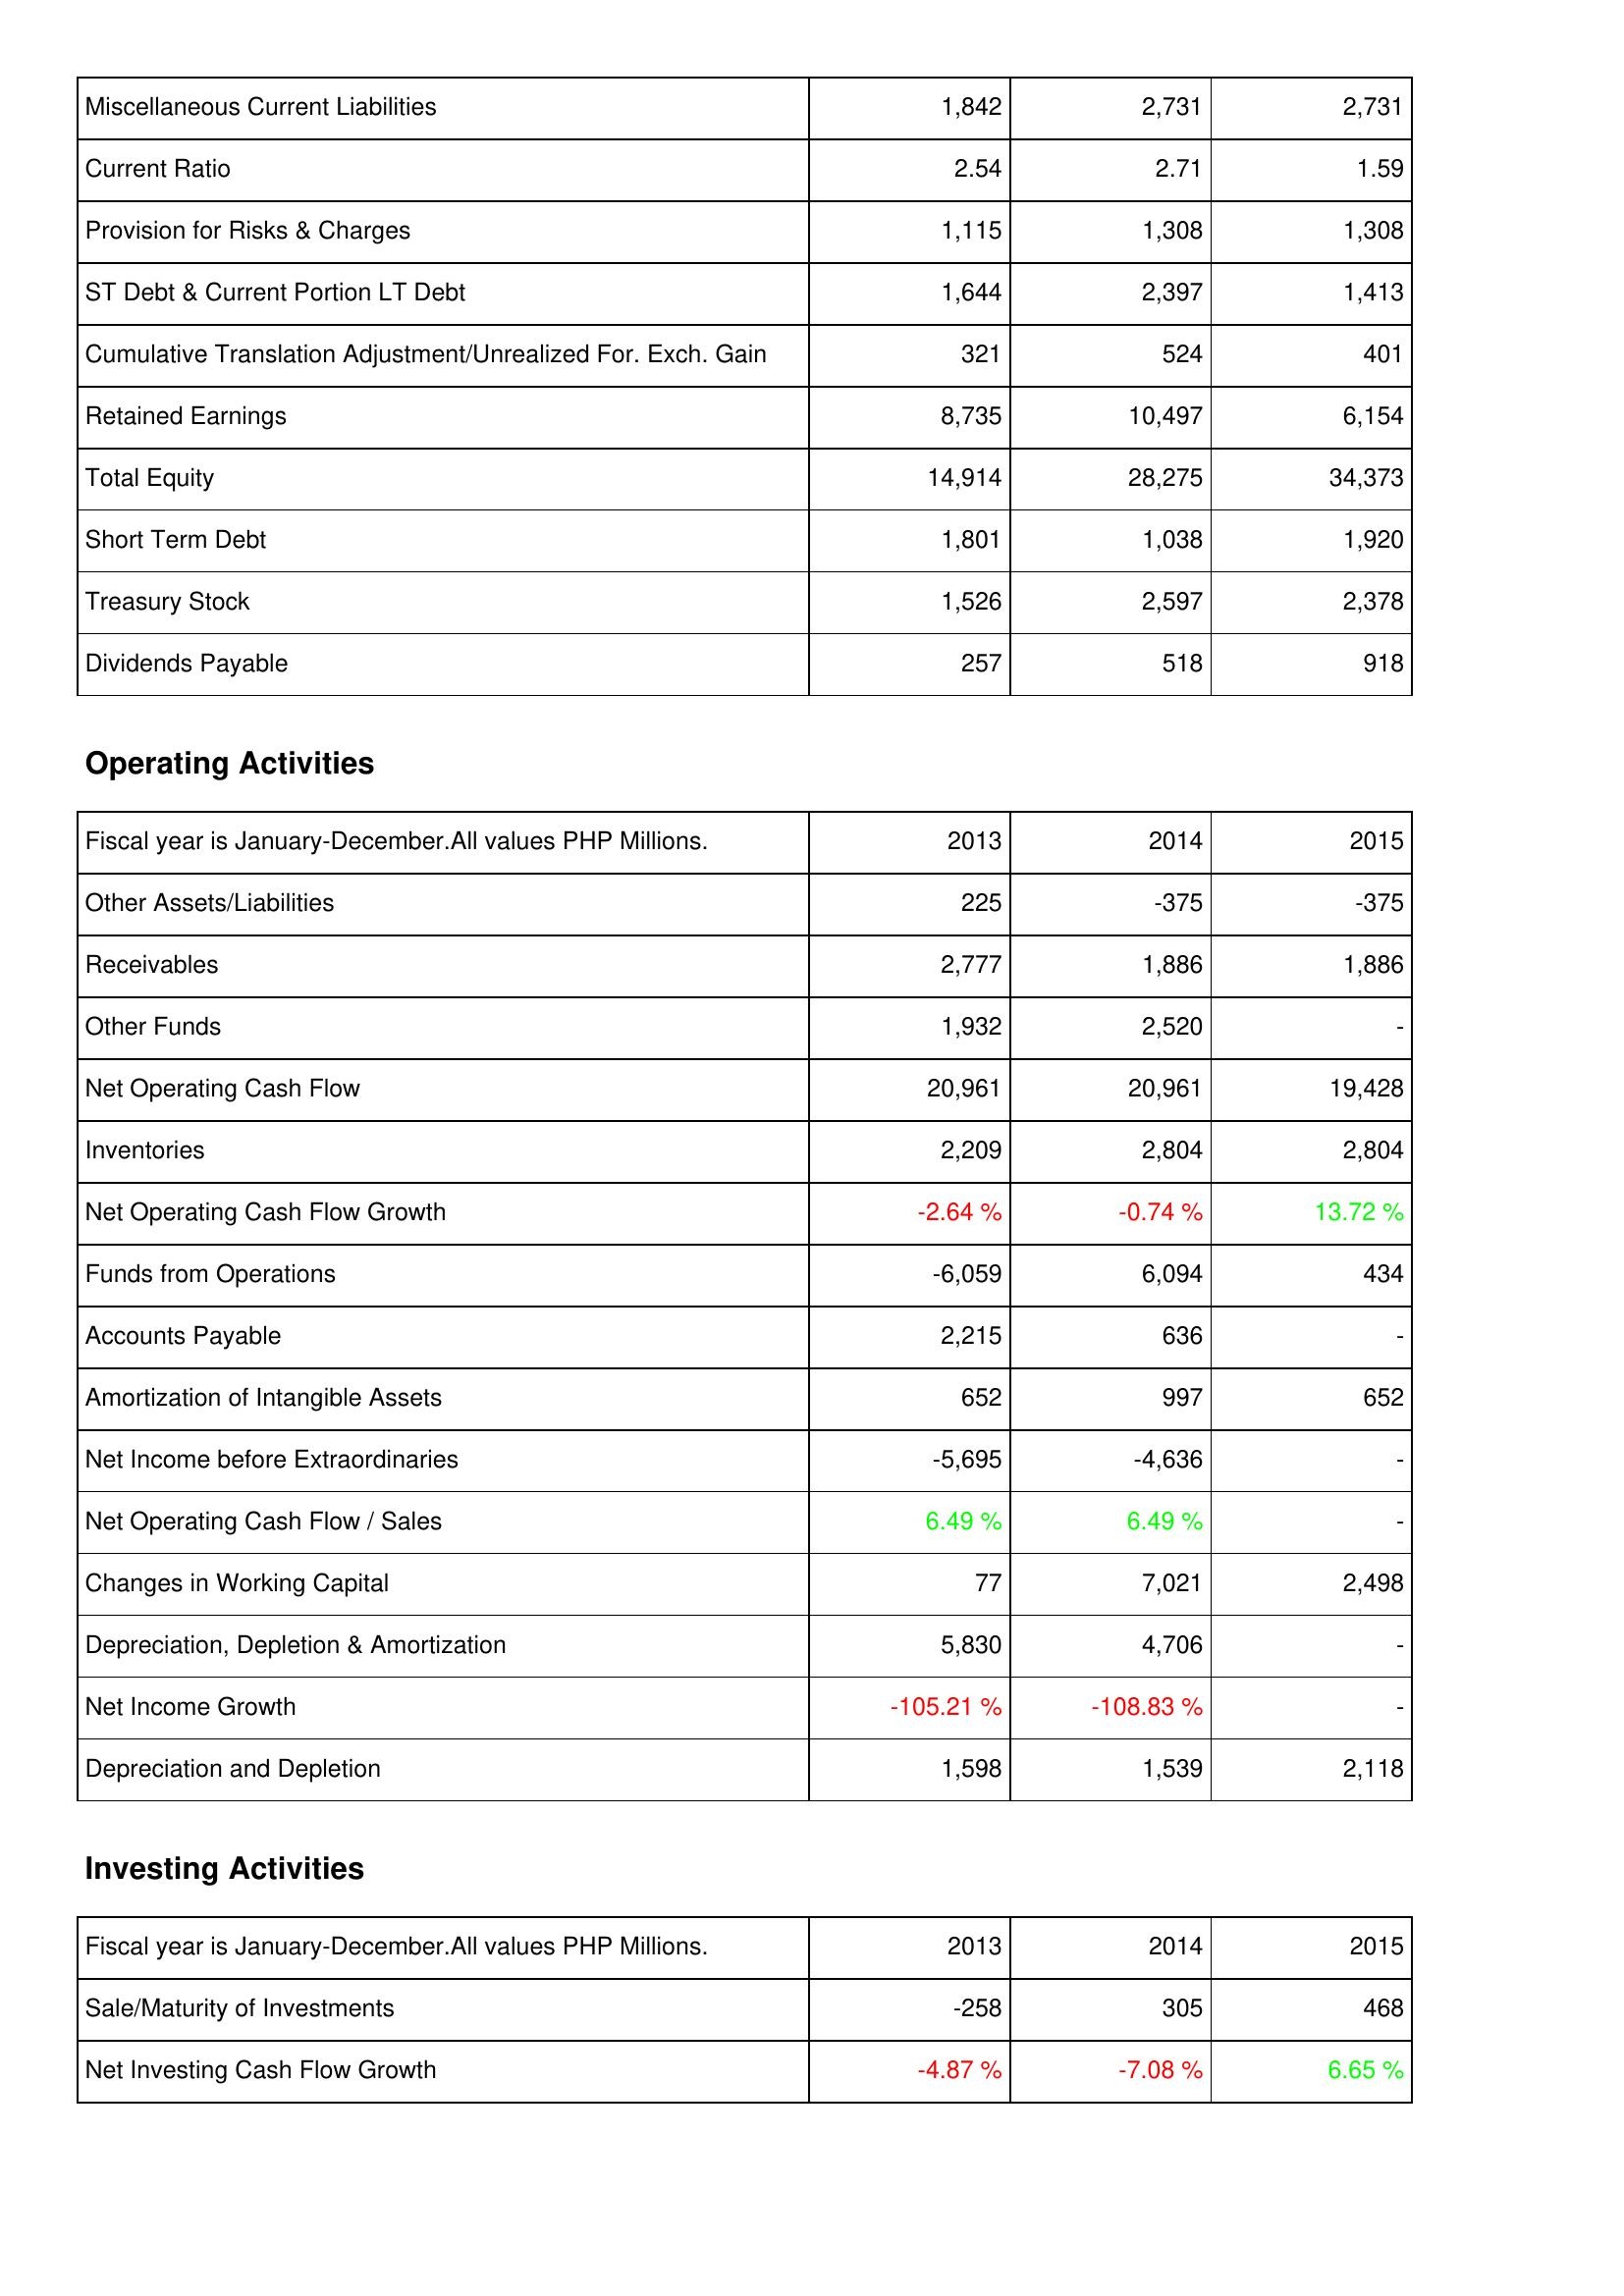
2013: Liabilities & Shareholders' Equity: Miscellaneous Current Liabilities: 1,842
Current Ratio: 2.54
Provision for Risks & Charges: 1,115
ST Debt & Current Portion LT Debt: 1,644
Cumulative Translation Adjustment/Unrealized For. Exch. Gain: 321
Retained Earnings: 8,735
Total Equity: 14,914
Short Term Debt: 1,801
Treasury Stock: 1,526
Dividends Payable: 257
Operating Activities: Other Assets/Liabilities: 225
Receivables: 2,777
Other Funds: 1,932
Net Operating Cash Flow: 20,961
Inventories: 2,209
Net Operating Cash Flow Growth: -2.64 %
Funds from Operations: -6,059
Accounts Payable: 2,215
Amortization of Intangible Assets: 652
Net Income before Extraordinaries: -5,695
Net Operating Cash Flow / Sales: 6.49 %
Changes in Working Capital: 77
Depreciation, Depletion & Amortization: 5,830
Net Income Growth: -105.21 %
Depreciation and Depletion: 1,598
Investing Activities: Sale/Maturity of Investments: -258
Net Investing Cash Flow Growth: -4.87 %
2014: Liabilities & Shareholders' Equity: Miscellaneous Current Liabilities: 2,731
Current Ratio: 2.71
Provision for Risks & Charges: 1,308
ST Debt & Current Portion LT Debt: 2,397
Cumulative Translation Adjustment/Unrealized For. Exch. Gain: 524
Retained Earnings: 10,497
Total Equity: 28,275
Short Term Debt: 1,038
Treasury Stock: 2,597
Dividends Payable: 518
Operating Activities: Other Assets/Liabilities: -375
Receivables: 1,886
Other Funds: 2,520
Net Operating Cash Flow: 20,961
Inventories: 2,804
Net Operating Cash Flow Growth: -0.74 %
Funds from Operations: 6,094
Accounts Payable: 636
Amortization of Intangible Assets: 997
Net Income before Extraordinaries: -4,636
Net Operating Cash Flow / Sales: 6.49 %
Changes in Working Capital: 7,021
Depreciation, Depletion & Amortization: 4,706
Net Income Growth: -108.83 %
Depreciation and Depletion: 1,539
Investing Activities: Sale/Maturity of Investments: 305
Net Investing Cash Flow Growth: -7.08 %
2015: Liabilities & Shareholders' Equity: Miscellaneous Current Liabilities: 2,731
Current Ratio: 1.59
Provision for Risks & Charges: 1,308
ST Debt & Current Portion LT Debt: 1,413
Cumulative Translation Adjustment/Unrealized For. Exch. Gain: 401
Retained Earnings: 6,154
Total Equity: 34,373
Short Term Debt: 1,920
Treasury Stock: 2,378
Dividends Payable: 918
Operating Activities: Other Assets/Liabilities: -375
Receivables: 1,886
Other Funds: -
Net Operating Cash Flow: 19,428
Inventories: 2,804
Net Operating Cash Flow Growth: 13.72 %
Funds from Operations: 434
Accounts Payable: -
Amortization of Intangible Assets: 652
Net Income before Extraordinaries: -
Net Operating Cash Flow / Sales: -
Changes in Working Capital: 2,498
Depreciation, Depletion & Amortization: -
Net Income Growth: -
Depreciation and Depletion: 2,118
Investing Activities: Sale/Maturity of Investments: 468
Net Investing Cash Flow Growth: 6.65 %